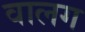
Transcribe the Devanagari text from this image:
वालग